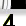
Digit: 3